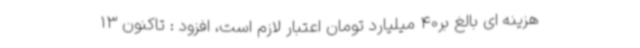
هزینه ای بالغ بر40 میلیارد تومان اعتبار لازم است، افزود : تاکنون 13